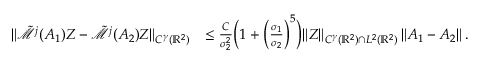
\begin{array} { r l } { \| \tilde { \mathcal { M } } ^ { j } ( A _ { 1 } ) Z - \tilde { \mathcal { M } } ^ { j } ( A _ { 2 } ) Z \| _ { C ^ { \gamma } ( \mathbb { R } ^ { 2 } ) } } & { \leq \frac { C } { \sigma _ { 2 } ^ { 2 } } \Big ( 1 + \Big ( \frac { \sigma _ { 1 } } { \sigma _ { 2 } } \Big ) ^ { 5 } \Big ) \| Z \| _ { C ^ { \gamma } ( \mathbb { R } ^ { 2 } ) \cap L ^ { 2 } ( \mathbb { R } ^ { 2 } ) } \left\lVert A _ { 1 } - A _ { 2 } \right\rVert . } \end{array}